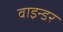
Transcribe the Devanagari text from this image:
वाइन्डर